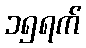
၁၅ရက်